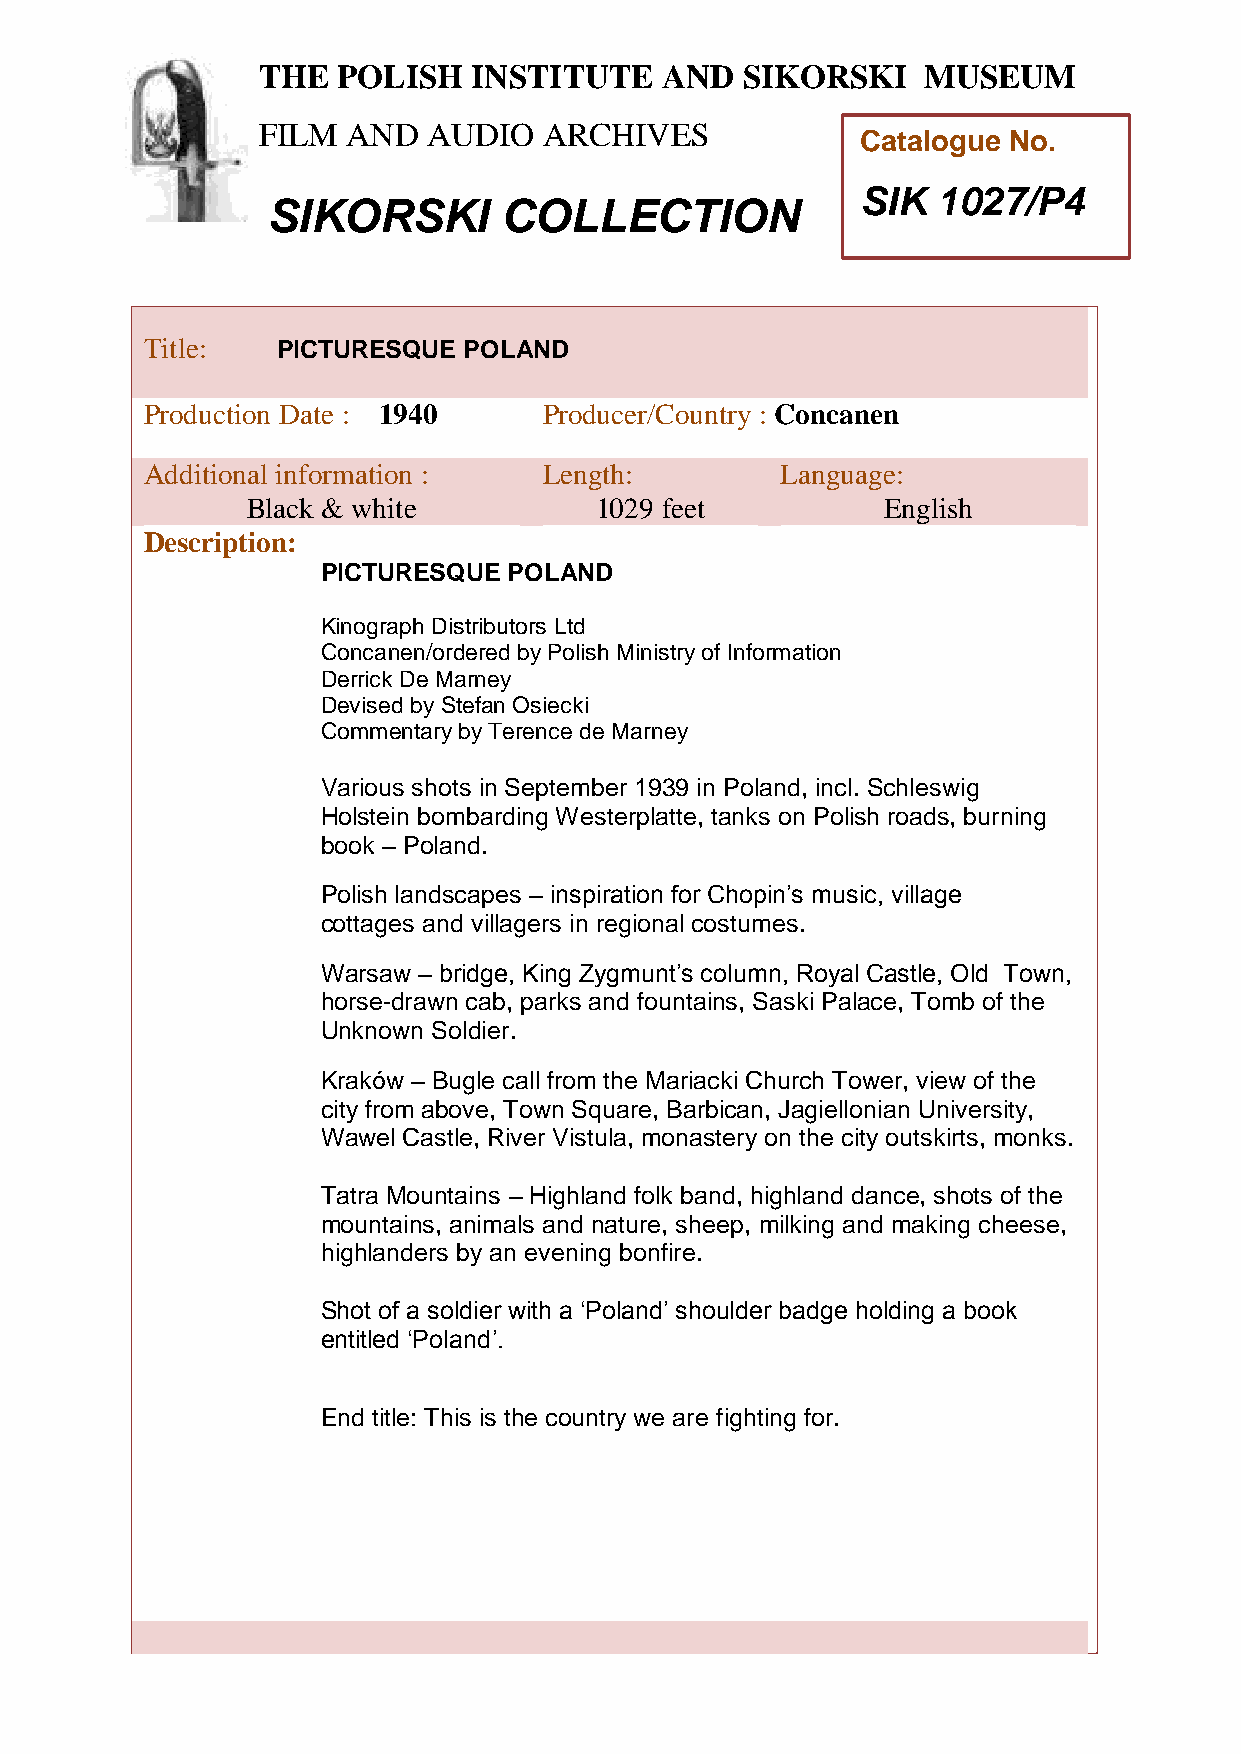
THE  POLISH   INSTITUTE    AND  SIKORSKI    MUSEUM
 FILM  AND  AUDIO   ARCHIVES
 Catalogue No.
 SIK  1027/P4
 SIKORSKI       COLLECTION
 TTitle:     PICTURESQUE  POLAND
 h
 Peroduction Date : 1940    Producer/Country : Concanen
 AddiPtional information :  Length:         Language:
 oBlack & white          1029 feet          English
 l
 i
 Description:
 s
 PICTURESQUE  POLAND
 h
 KinoIgraph Distributors Ltd
 Concanen/ordered by Polish Ministry of Information
 n
 Derrick De Marney
 s
 Devised by Stefan Osiecki
 t
 Commentaryi by Terence de Marney
 t
 u
 Various shots in September 1939 in Poland, incl. Schleswig
 t
 Holstein bombarding Westerplatte, tanks on Polish roads, burning
 e
 book – Poland.
 a
 Polish landscapes – inspiration for Chopin’s music, village
 n
 cottages and villagers in regional costumes.
 d
 Warsaw – bridge, King Zygmu nt’s column, Royal Castle, Old Town,
 horse-drawn cab, parks and fouSntains, Saski Palace, Tomb of the
 i
 Unknown Soldier.
 k
 Kraków – Bugle call from the Mariackio Church Tower, view of the
 city from above, Town Square, Barbican,r Jagiellonian University,
 Wawel Castle, River Vistula, monastery ons the city outskirts, monks.
 k
 i
 Tatra Mountains – Highland folk band, highland dance, shots of the
 mountains, animals and nature, sheep, milking and making cheese,
 highlanders by an evening bonfire.  M
 u
 Shot of a soldier with a ‘Poland’ shoulder badge holding sa book
 entitled ‘Poland’.
 e
 u
 End title: This is the country we are fighting for.
 m